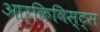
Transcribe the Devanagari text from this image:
आर्किविस्ट्स